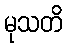
မုသတိ